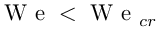
\mathrm { ~ W ~ e ~ } < \mathrm { ~ W ~ e ~ } _ { c r }